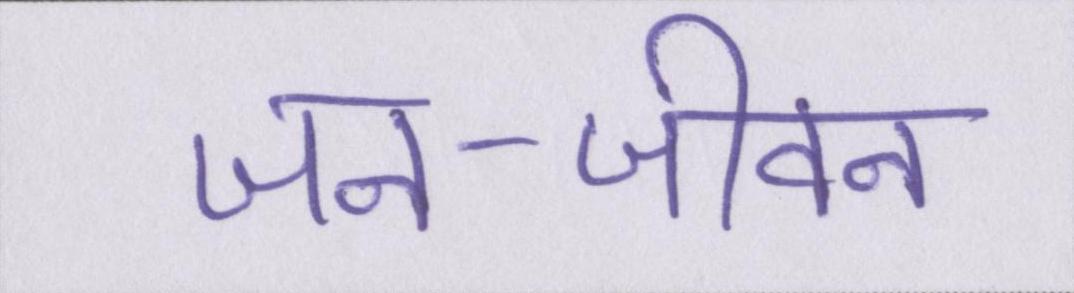
जन-जीवन